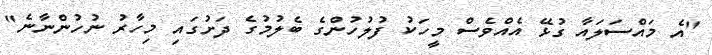
"އެ މައްސަލައާ ގުޅޭ އެއްވެސް މީހަކު ފުލުހުންގެ ބެލުމުގެ ދަށުގައި މިހާރު ނުހުންނާނެ"